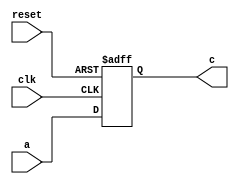
module  asyn_reset(clk,reset,a,c);
     input clk;
     input reset;
     input a;
     output c; 

   wire clk;
   wire reset;   
   wire a;    
   reg c;
        
always @ (posedge clk or posedge reset)
 if ( reset == 1'b1) begin
   c <= 0;
 end else begin
   c <= a;
 end
endmodule